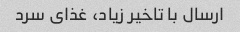
ارسال با تاخیر زیاد، غذای سرد